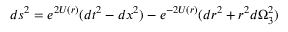
d s ^ { 2 } = e ^ { 2 U ( r ) } ( d t ^ { 2 } - d x ^ { 2 } ) - e ^ { - 2 U ( r ) } ( d r ^ { 2 } + r ^ { 2 } d \Omega _ { 3 } ^ { 2 } )